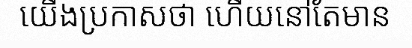
យើងប្រកាសថា ហើយនៅតែមាន